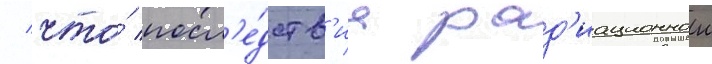
/ что́ посл'е́дств'иа рад'иационнои